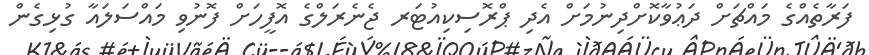
ފަރާތެއްގެ މައްޗަށް ދަޢުވާކޮށްދިނުމަށް އެދި ޕްރޮސިކިއުޓަރ ޖެނެރަލްގެ އޮފީހަށް ފޮނުވި މައްސަލައާ ގުޅިގެން